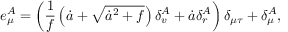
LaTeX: e _ { \mu } ^ { A } = \left( \frac { 1 } { f } \left( \dot { a } + \sqrt { \dot { a } ^ { 2 } + f } \right) \delta _ { v } ^ { A } + \dot { a } \delta _ { r } ^ { A } \right) \delta _ { \mu \tau } + \delta _ { \mu } ^ { A } ,